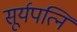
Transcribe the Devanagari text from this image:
सूर्यपत्नि